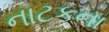
નાટકના